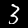
Digit: 3